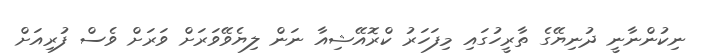
ނިކުންނާނީ ދުނިޔޭގެ ތާރީހުގައި މިފަހަރު ކްރޮއޭޝިއާ ނަން ލިޔެވޭވަރަށް ވަރަށް ވެސް ފުރިއަށް